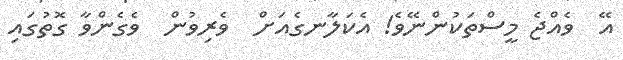
އޭ  ވެއްޖެ މީސްތަކުންނޭވެ! އެކަލާނގެއަށް  ވެރިވުން  ވެގެންވާ ގޮތުގައި